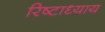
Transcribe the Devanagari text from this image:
रिष्टाध्याय